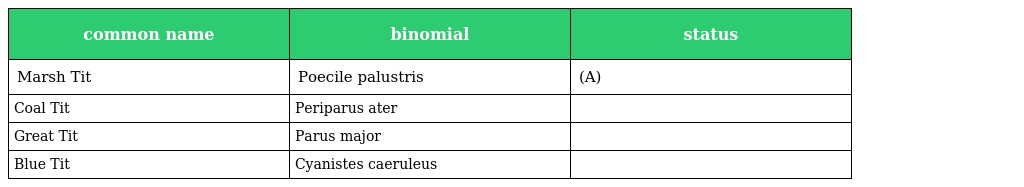
| common name | binomial | status |
 | --- | --- | --- |
 | Marsh Tit | Poecile palustris | (A) |
 | Coal Tit | Periparus ater |  |
 | Great Tit | Parus major |  |
 | Blue Tit | Cyanistes caeruleus |  |